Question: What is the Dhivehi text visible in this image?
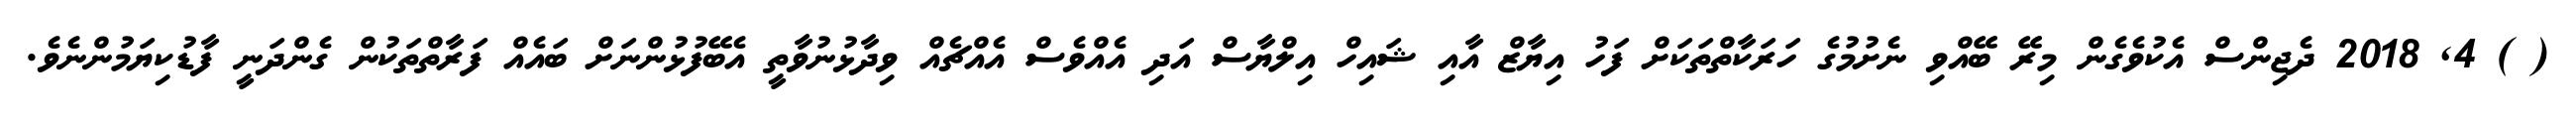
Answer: ( ) 4, 2018 ދެޖިންސް އެކުވެގެން މިރޭ ބޭއްވި ނެށުމުގެ ހަރަކާތްތަކަށް ފަހު އިޔާޒް އާއި ޝައިހް އިލްޔާސް އަދި އެއްވެސް އެއްޗެއް ވިދާޅުނުވާތީ އެބޭފުޅުންނަށް ބައެއް ފަރާތްތަކުން ގެންދަނީ ފާޑުކިޔަމުންނެވެ.